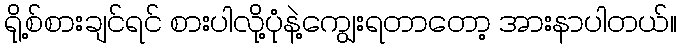
ရို့စ်စားချင်ရင် စားပါလို့ပုံနဲ့ကျွေးရတာတော့ အားနာပါတယ်။